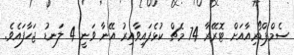
ސެމްޕްޑޯރިއާއަށް ޓޮރޭރާ 74 މެޗް ކުޅެފައިވާއިރު އޭނާ ވަނީ 4 ލަނޑު ޖަހާފައެވެ.